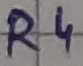
Text: R4